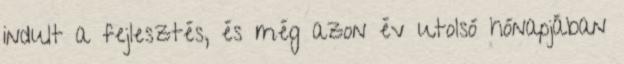
indult a fejlesztés, és még azon év utolsó hónapjában